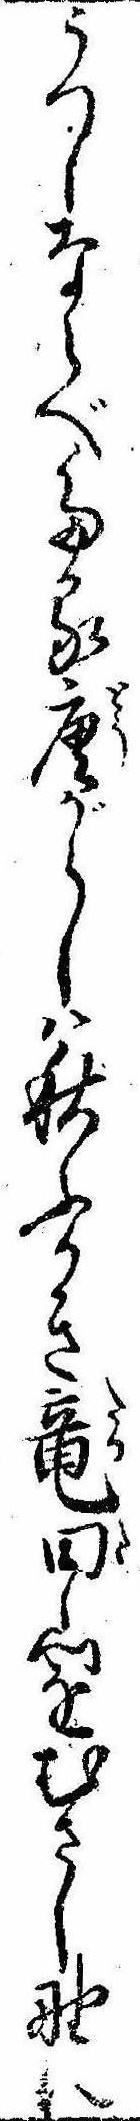
うつしならべたる唐がらしは秋ふかき竜田山をむさし野に